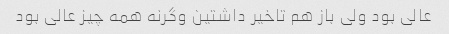
عالى بود ولى باز هم تاخیر داشتین وگرنه همه چیز عالى بود